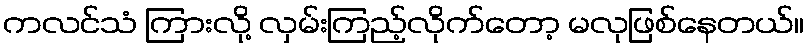
ကလင်သံ ကြားလို့ လှမ်းကြည့်လိုက်တော့ မလုဖြစ်နေတယ်။